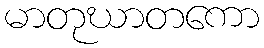
မာတုဃာတကော